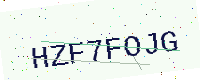
Text: HZF7FOJG